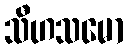
သီဟသမော